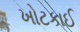
ખોટકાઈ